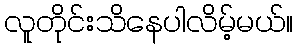
လူတိုင်းသိနေပါလိမ့်မယ်။